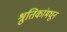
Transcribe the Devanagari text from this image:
श्रुतिकांमधून